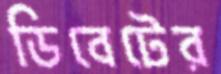
ডিবেটের